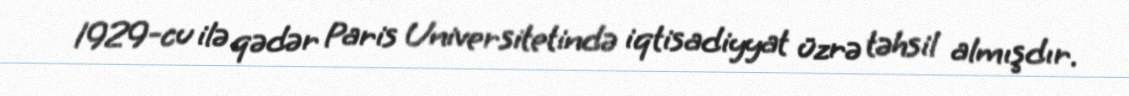
1929-cu ilə qədər Paris Universitetində iqtisadiyyat üzrə təhsil almışdır.